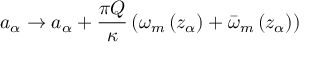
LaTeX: a _ { \alpha } \rightarrow a _ { \alpha } + \frac { \pi Q } { \kappa } \left( \omega _ { m } \left( z _ { \alpha } \right) + \bar { \omega } _ { m } \left( z _ { \alpha } \right) \right)